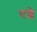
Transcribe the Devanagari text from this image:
पन्जे